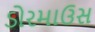
ડોરમાઉસ